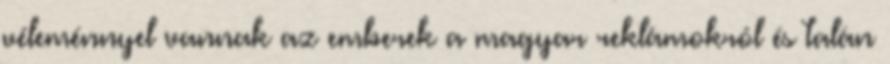
véleménnyel vannak az emberek a magyar reklámokról és talán